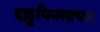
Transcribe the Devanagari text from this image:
इल्लुमिनसायन